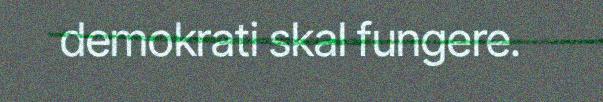
demokrati skal fungere.